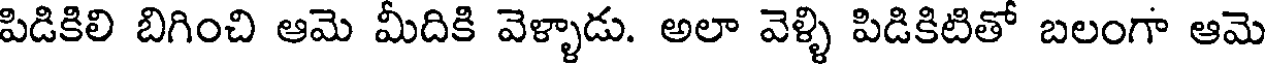
పిడికిలి బిగించి ఆమె మీదికి వెళ్ళాడు. అలా వెళ్ళి పిడికిటితో బలంగా ఆమె